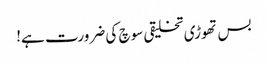
بس تھوڑی تخلیقی سوچ کی ضرورت ہے!